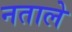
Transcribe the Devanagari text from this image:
नताले